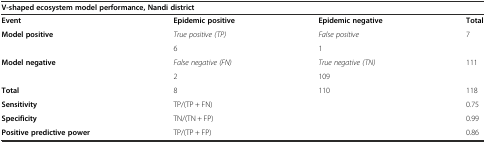
<table><thead><tr><td colspan="4"><b>V-shaped ecosystem model performance, Nandi district</b></td></tr></thead><tbody><tr><td><b>Event</b></td><td><b>Epidemic positive</b></td><td><b>Epidemic negative</b></td><td><b>Total</b></td></tr><tr><td rowspan="2"><b>Model positive</b></td><td><i>True positive (TP)</i></td><td><i>False positive</i></td><td rowspan="2">7</td></tr><tr><td>6</td><td>1</td></tr><tr><td rowspan="2"><b>Model negative</b></td><td><i>False negative (FN)</i></td><td><i>True negative (TN)</i></td><td rowspan="2">111</td></tr><tr><td>2</td><td>109</td></tr><tr><td><b>Total</b></td><td>8</td><td>110</td><td>118</td></tr><tr><td><b>Sensitivity</b></td><td>TP/(TP + FN)</td><td></td><td>0.75</td></tr><tr><td><b>Specificity</b></td><td>TN/(TN + FP)</td><td></td><td>0.99</td></tr><tr><td><b>Positive predictive power</b></td><td>TP/(TP + FP)</td><td></td><td>0.86</td></tr></tbody></table>